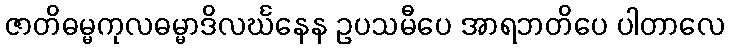
ဇာတိဓမ္မကုလဓမ္မာဒိလင်္ဃနေန ဥပသမီပေ အာရဘတိပေ ပါတာလေ